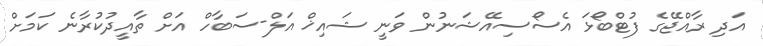
އަދި ރާއްޖޭގެ ފުޓްބޯޅަ އެސޯސިއޭޝަނުން ވަނީ ޝައިޚް އަލް-ސަބާހް އަށް ތާއީދުކުރާނެ ކަމަށް